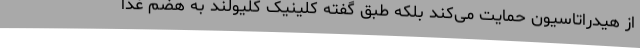
از هیدراتاسیون حمایت می‌کند بلکه طبق گفته کلینیک کلیولند به هضم غذا